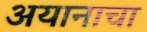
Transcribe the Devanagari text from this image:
अयानाचा